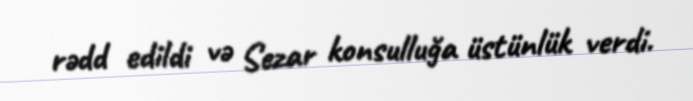
rədd edildi və Sezar konsulluğa üstünlük verdi.